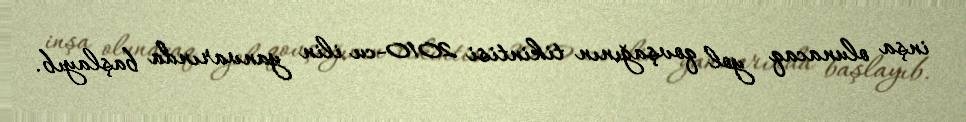
inşa olunacaq yol qovşağının tikintisi 2010-cu ilin yanvarında başlayıb.